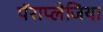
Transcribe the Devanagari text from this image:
पॅराप्लेजिया